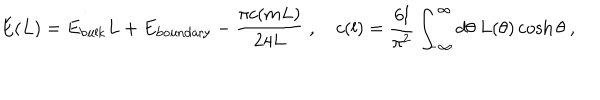
E ( L ) = E _ { \mathrm { b u l k } } L + E _ { \mathrm { b o u n d a r y } } - \frac { \pi c ( m L ) } { 2 4 L } \; , \quad c ( l ) = \frac { 6 l } { \pi ^ { 2 } } \int _ { - \infty } ^ { \infty } d \theta \: L ( \theta ) \cosh \theta \ ,